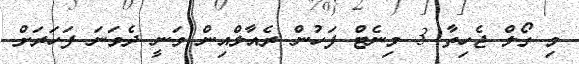
މި ގޯލް ޖެހިތާ 3 މިނެޓް ފަހުން ރެއާލްއިން ވަނީ ދެވަނަ ފަހަރަށް